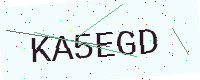
Text: KA5EGD